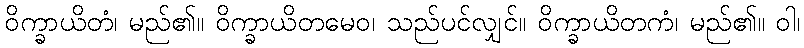
ဝိက္ခာယိတံ၊ မည်၏။ ဝိက္ခာယိတမေဝ၊ သည်ပင်လျှင်။ ဝိက္ခာယိတကံ၊ မည်၏။ ဝါ၊